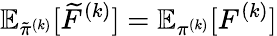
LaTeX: \mathbb{E}_{\tilde{\pi}^{(k)}}[\widetilde{F}^{(k)}]=\mathbb{E}_{\pi^{(k)}}[F^{(k)}]